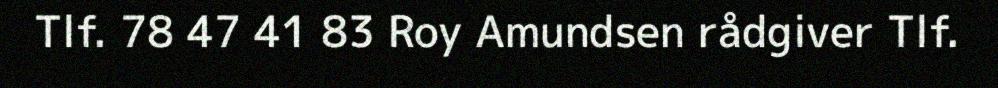
Tlf. 78 47 41 83 Roy Amundsen rådgiver Tlf.